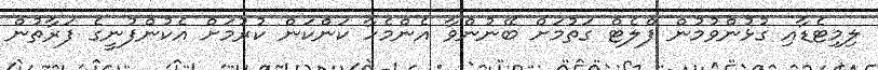
ލިމިޓެޑާއި ގުޅުންވުމުން ފްލެޓް ގަތުމަށް ބޭނުންވާ އެންމެހާ ކަންކަން ކުރުމަށް އެކުންފުނީގެ ފަރާތުން